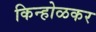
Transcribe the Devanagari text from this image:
किन्होळकर